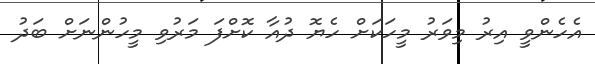
އެހެންވީ އިރު މިވަރު މީހަކަށް ހެޔޮ ދުއާ ކޮށްފަ މަރުވި މީހުންނަށް ބަދު